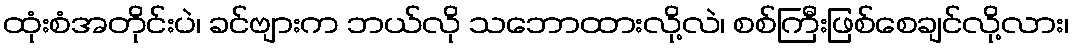
ထုံးစံအတိုင်းပဲ၊ ခင်ဗျားက ဘယ်လို သဘောထားလို့လဲ၊ စစ်ကြီးဖြစ်စေချင်လို့လား၊